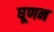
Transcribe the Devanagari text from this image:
घूणन